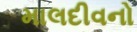
માલદીવનો